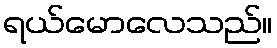
ရယ်မောလေသည်။